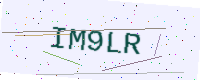
Text: IM9LR